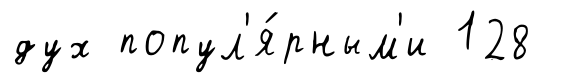
дух попул'я́рным'и 128